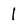
Character: 1